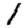
Digit: 1